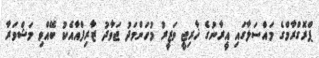
ޕްރޮގްރާމްގެ މައްސަލާގައި އީރާނުގެ ޚާރިޖީ ވަޒީރު މުހަންމަދު ޖަވާދު ޒާރިފްއާއެކު ބޭއްވި މަޝްވަރާ